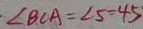
\angle B C A = \angle 5 = 4 5